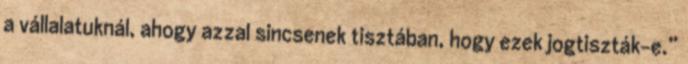
a vállalatuknál, ahogy azzal sincsenek tisztában, hogy ezek jogtiszták-e.”